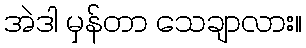
အဲဒါ မှန်တာ သေချာလား။